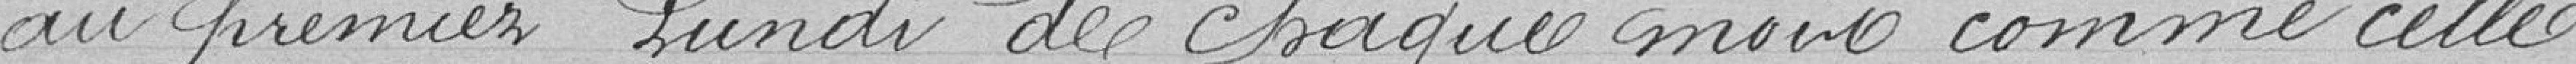
au premier lundi de chaque mois, comme celle